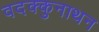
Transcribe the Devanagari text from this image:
वदक्कुनाथन